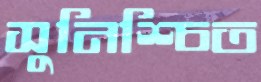
সুনিশ্চিত